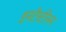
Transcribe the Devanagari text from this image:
इनटैस्टीनन